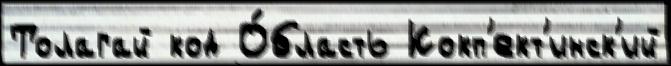
Толагай код О́бласть Кокп'ект'инск'ий